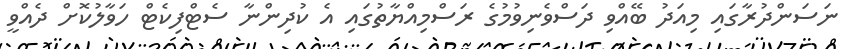
ނަސަންދުރާގައި މިއަދު ބޭއްވި ދަސްވެނިވުމުގެ ރަސްމިއްޔާތުގައި އެ ކުދިންނާ ސެޓްފިކެޓް ހަވާލުކޮށް ދެއްވީ